Report on vaccination in Madras 1922-1929 - 1922-1929
Year: 1922
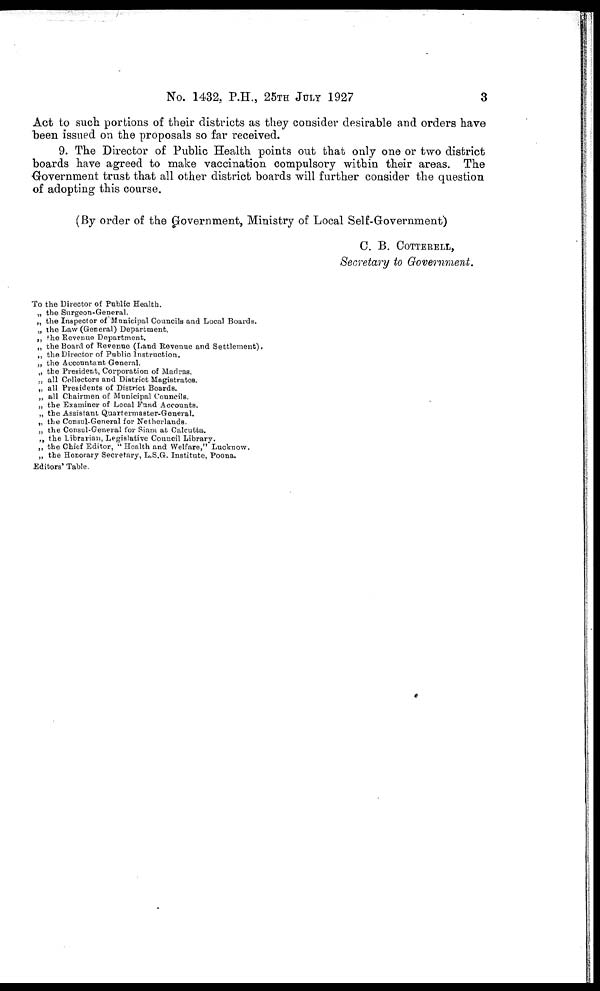
No. 1432, P.H., 25TH JULY 1927
3
Act to such portions of their districts as they consider desirable and orders have
been issued on the proposals so far received.
9. The Director of Public Health points out that only one or two district
boards have agreed to make vaccination compulsory within their areas. The
Government trust that all other district boards will further consider the question
of adopting this course.
(By order of the Government, Ministry of Local Self-Government)
C. B. COTTERELL,
Secretary to Government.
To the Director of Public Health.
„ the Surgeon-General.
„ the Inspector of Municipal Councils and Local Boards.
„ the Law (General) Department.
„ the Revenue Department.
„ the Board of Revenue (Land Revenue and Settlement).
„ the Director of Public Instruction.
„ the Accountant General.
„ the President, Corporation of Madras.
„ all Collectors and District Magistrates.
„ all Presidents of District Boards.
„ all Chairmen of Municipal Councils.
„ the Examiner of Local Fund Accounts.
„ the Assistant Quartermaster-General.
„ the Consul-General for Netherlands.
„ the Consul-General for Siam at Calcutta.
„ the Librarian, Legislative Council Library.
„ the Chief Editor, " Health and Welfare," Lucknow.
„ the Honorary Secretary, L.S.G. Institute, Poona.
Editors' Table.